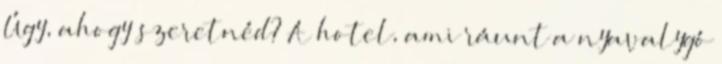
Úgy, ahogy szeretnéd? A hotel, ami ráunt a nyavalygó